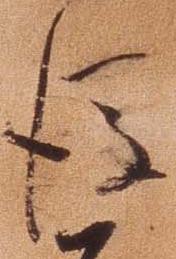
後